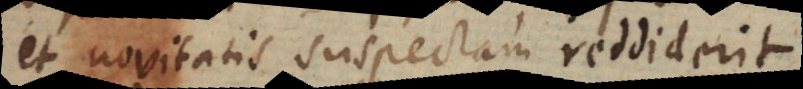
et novitatis suspectam reddiderit.